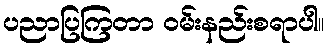
ပညာပြကြတာ ဝမ်းနည်းစရာပါ။